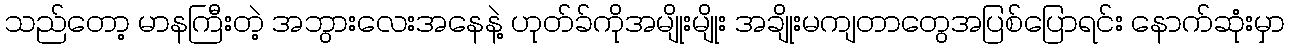
သည်တော့ မာနကြီးတဲ့ အဘွားလေးအနေနဲ့ ဟုတ်ခ်ကိုအမျိုးမျိုး အချိုးမကျတာတွေအပြစ်ပြောရင်း နောက်ဆုံးမှာ